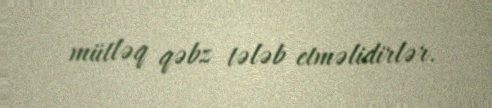
mütləq qəbz tələb etməlidirlər.